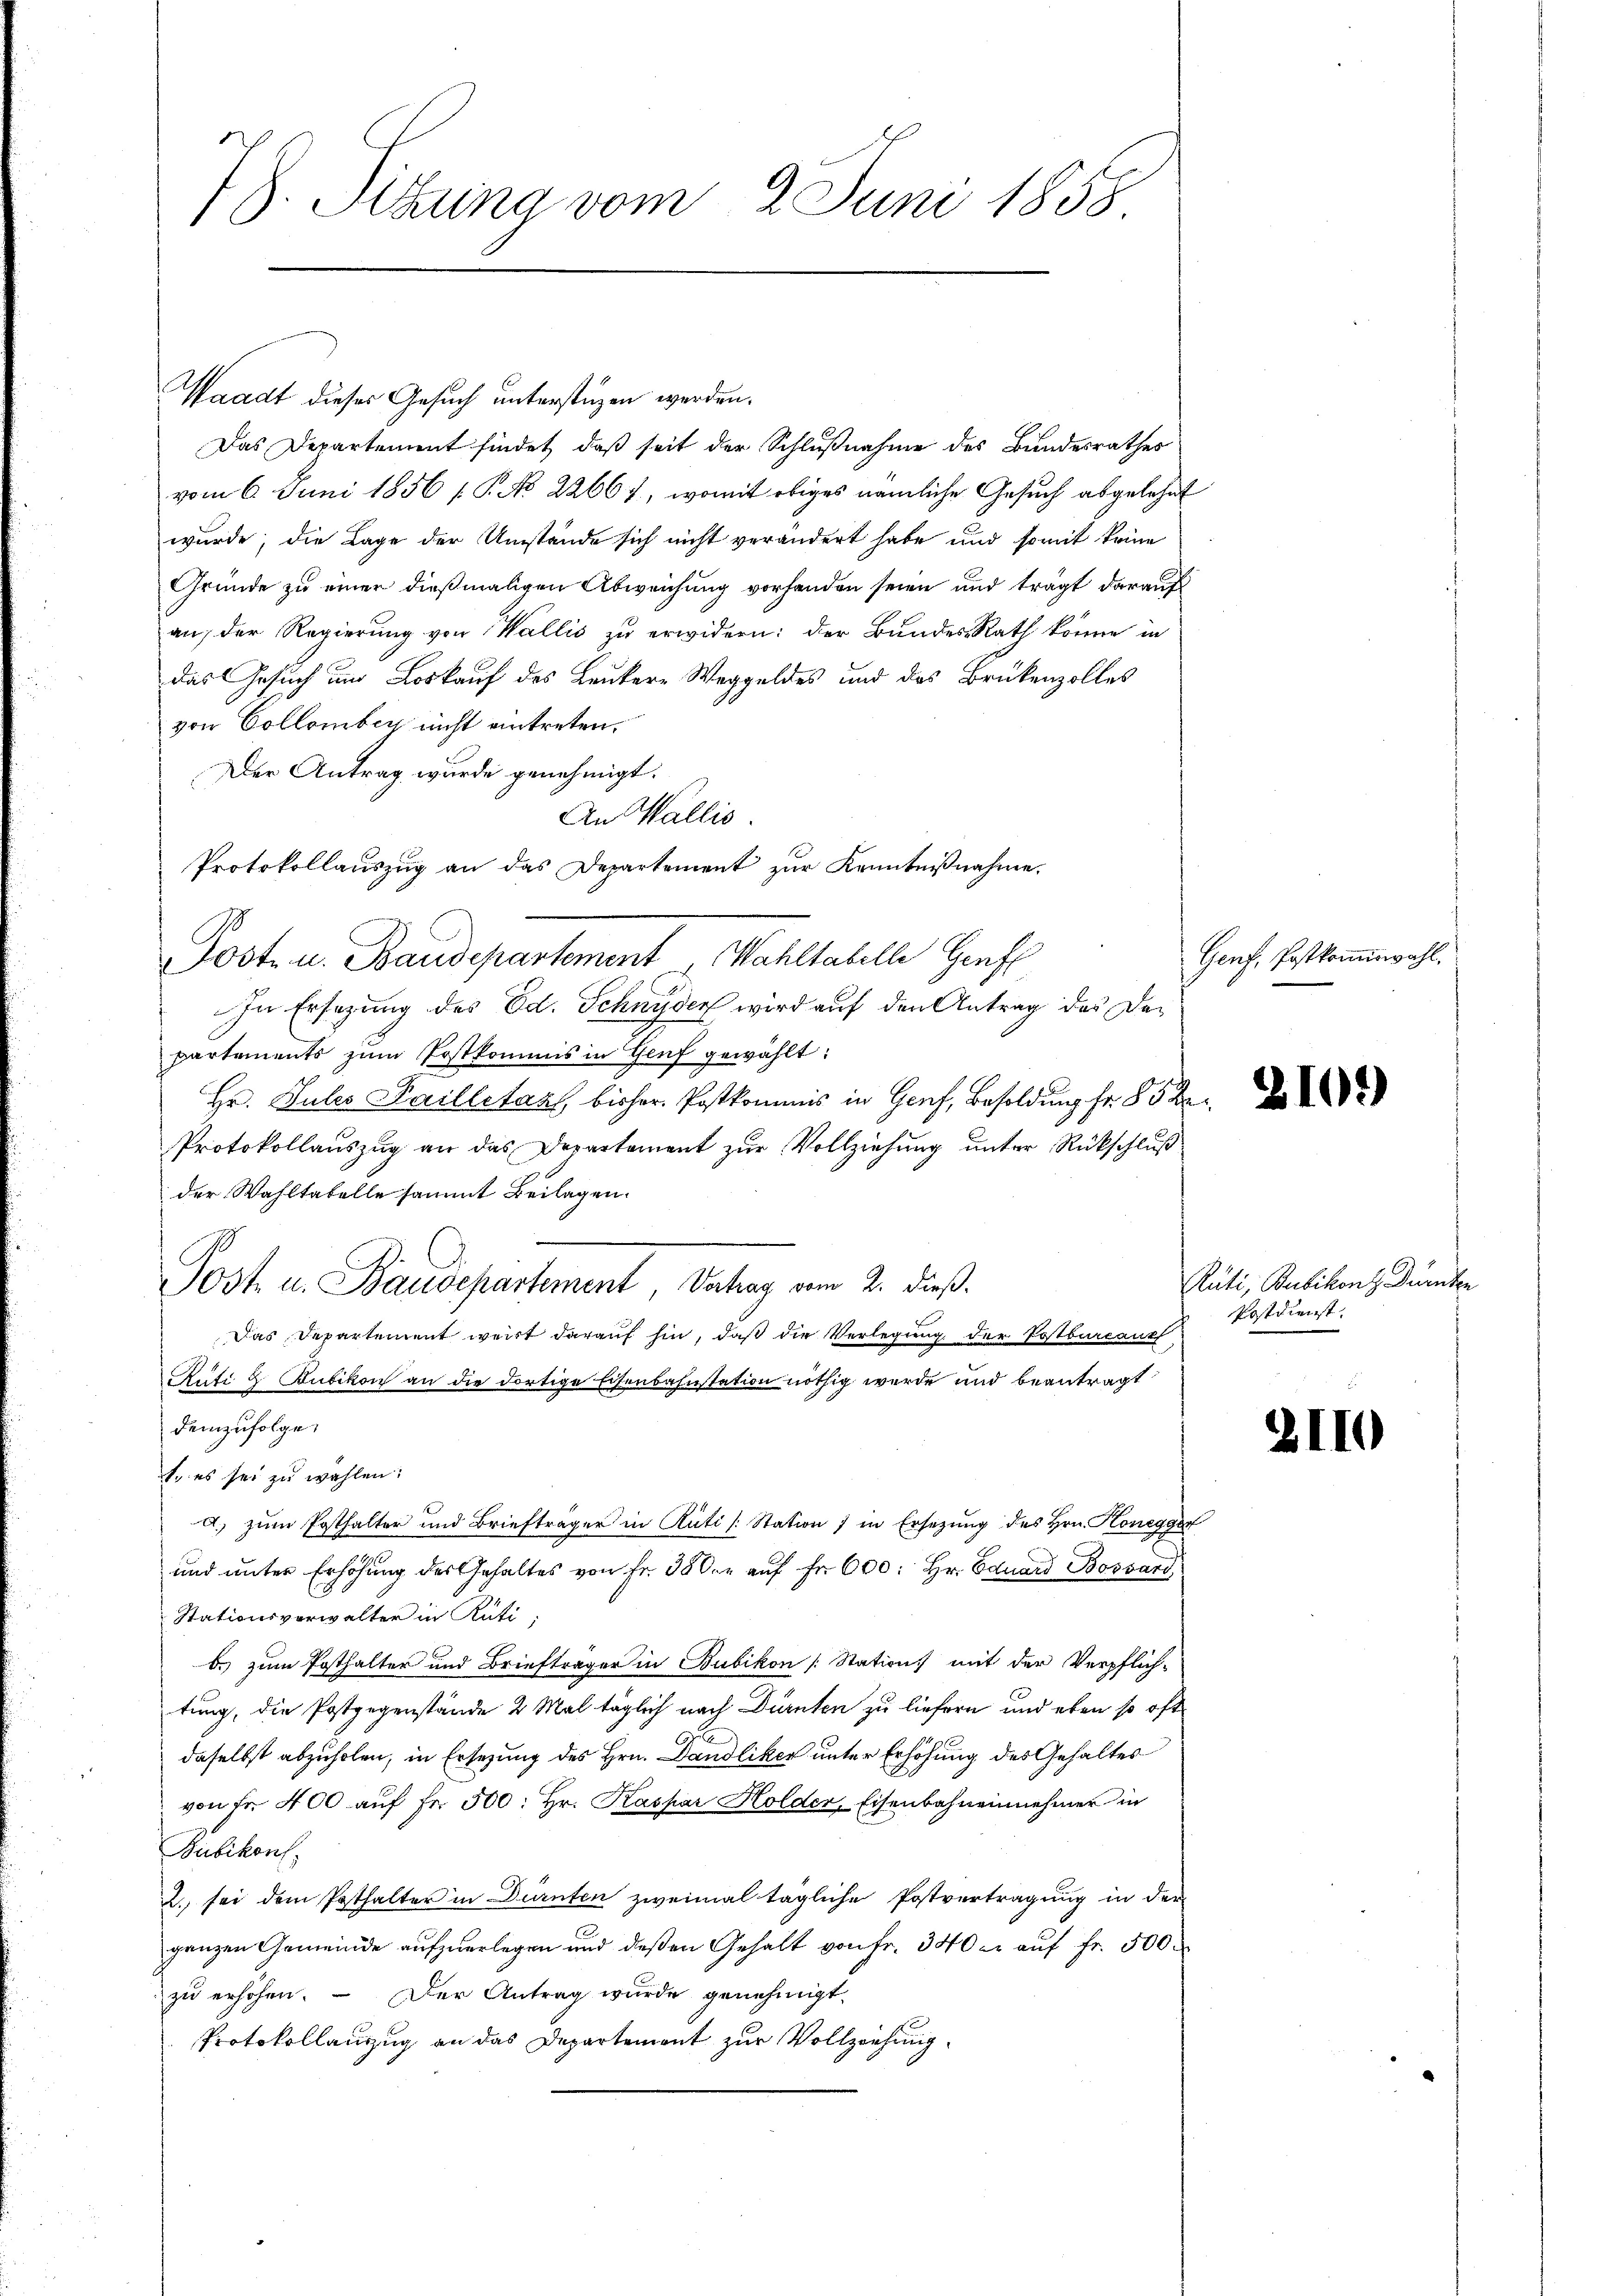
7). Sitzung vom 2. Juni 1858

Waadt dieses Gesuch unterstüzen werden.
Das Departement findet, daß seit der Schlußnahme des Bundesrathes
vom 6. Juni 1856 [P. No 22667, womit obiges nämliche Gesuch abgelehnt
wurde; die Lage der Umstände sich nicht verändert habe und somit keine
Gründe zu einer dießmaligen Abweichung vorhanden seien und trägt darauf
an, der Regierung von Wallis zu erwidern: der Bundes-Rath könne in
das Gesuch und Loskauf des Leukere Weggeldes und das Brükenzolles
von Collomber nicht eintreten.
Der Antrag wurde genehmigt.
An Wallis.
Post- u. Baudepartement Wahltabelle Genf
In Ersezung des Ed. Schnyder wird auf den Antrag des Departements zŭm Postkommis in Genf gewählt:
Hr. Julis Pailletan, bisher. Postkommis in Genf, Besoldung fr. 85 de
Protokollauszug an das Departement zur Vollziehung unter Rückschluß
der Wahltabelle sammt Beilagen.
Post u. Baudepartement, Vatrag vom 2. dieß.
Das Departement weirt darauf hin, daß die Verlegung der Postbureauz
Rüti & Bubikon an die dortige Eisenbahnstation nöthig wurde und beantragt
demzufolge.
t. es sei zu wählen:
d.) zum Posthalter und Briefträger in Rüti [Station 7 in Ersetzung des Hrn. Honegger
und unter Erhöhung des Gehaltes von Fr. 380. u aŭf Fr. 600: Hr. Eduard Bossard
Stationsverwalter in Rüti;
b. zum Posthalter und Briefträger in Bubikon [Station mit der Verpflich-
tung, die Postgegenstände 2 Mal täglich nach Dürnten zu liefern und eben so oft
daselbst abzuholen, in Ersezung des Hrn. Dandliker unter Erhöhung des Gehaltes
von Fr. 400 auf Fr. 500: Hr. Kaspar Holder, Eisenbahnennehmer in
Pubekens.
2. sei dem Posthalter in Dürnten zweimal tägliche Postvertragung in der
ganzen Gemeinde aufzuerlegen und deßen Gehalt von fr. 340 er auf fr. 500.
zu erhöhen. – Der Antrag wurde genehmigt.
Protokollanzug an das Departement zur Vollziehung

Protokollauszug an das Departement zur Kenntnißnahme.

Genf, Postkomiswahl.

2109

Rüti, Bubikon z Dürnten
Postdienst.

2110